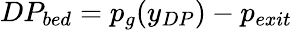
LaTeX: DP_{bed}=p_{g}(y_{DP})-p_{exit}